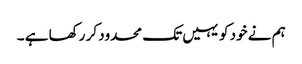
ہم نے خود کو یہیں تک محدود کر رکھا ہے ۔